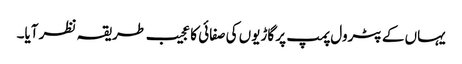
یہاں کے پٹرول پمپ پر گاڑیوں کی صفائی کا عجیب طریقہ نظر آیا۔